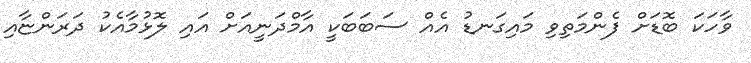
ވާހަކަ ބޮޑަށް ފެންމަތިވި މައިގަނޑު އެއް ސަބަބަކީ އާމްދަނީއަށް އައި ލޮޅުމާއެކު ދަރަންޏާއި